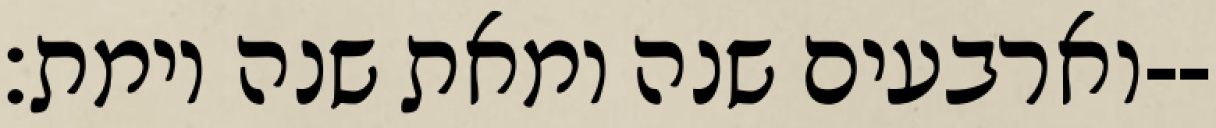
וארבעים שנה ומאת שנה וימת׃--